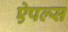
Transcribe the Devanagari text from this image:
ऐपल्स